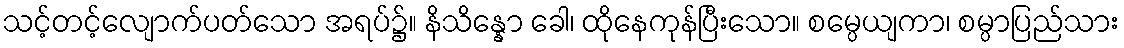
သင့်တင့်လျောက်ပတ်သော အရပ်၌။ နိသိန္နော ခေါ၊ ထိုနေကုန်ပြီးသော။ စမ္ပေယျကာ၊ စမ္ပာပြည်သား